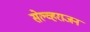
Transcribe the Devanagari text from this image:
सेल्व्हराजन